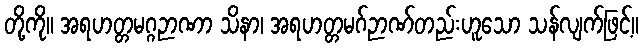
တို့ကို။ အရဟတ္တမဂ္ဂဉာဏာ သိနာ၊ အရဟတ္တမဂ်ဉာဏ်တည်းဟူသော သန်လျက်ဖြင့်။